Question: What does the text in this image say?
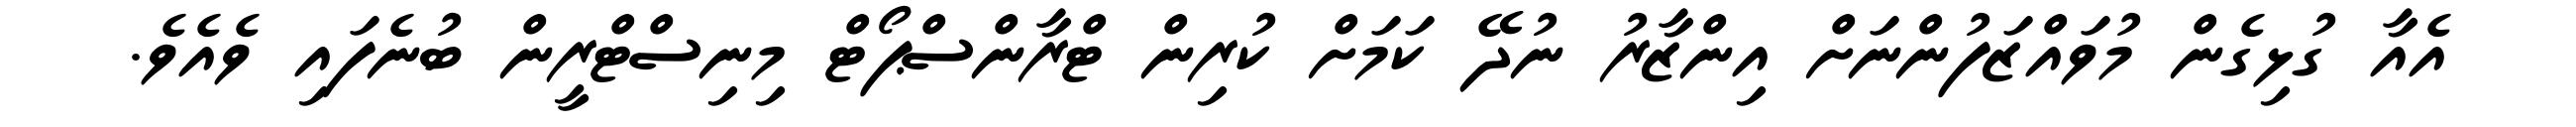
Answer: އެއާ ގުޅިގެން މުވައްޒަފުންނަށް އިންޒާރު ނުދޭ ކަމަށް ކުރިން ޓްރާންސްޕޯޓް މިނިސްޓްރީން ބުނެފައި ވެއެވެ.